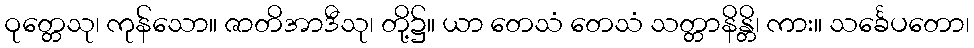
ဝုတ္တေသု၊ ကုန်သော။ ဇာတိအာဒီသု၊ တို့၌။ ယာ တေသံ တေသံ သတ္တာနိန္တိ၊ ကား။ သင်္ခေပတော၊